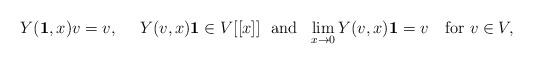
LaTeX: \begin{align*}Y({\bf 1},x)v=v,\ \ \ \ Y(v,x){\bf 1}\in V[[x]]\ \mbox{ and }\ \lim_{x\rightarrow 0}Y(v,x){\bf 1}=v\ \ \mbox{ for }v\in V,\end{align*}